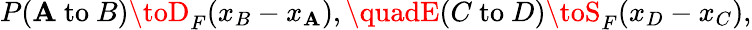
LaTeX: P(\mathbf{A}{\mathrm{{~to~}}}B)\toD_{F}(x_{B}-x_{\mathbf{A}}),\quadE(C{\mathrm{{~to~}}}D)\toS_{F}(x_{D}-x_{C}),